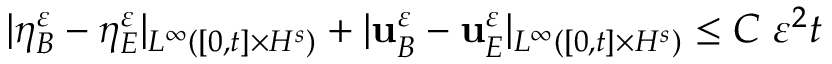
| \eta _ { B } ^ { \varepsilon } - \eta _ { E } ^ { \varepsilon } | _ { L ^ { \infty } ( [ 0 , t ] \times H ^ { s } ) } + | \mathbf { u } _ { B } ^ { \varepsilon } - \mathbf { u } _ { E } ^ { \varepsilon } | _ { L ^ { \infty } ( [ 0 , t ] \times H ^ { s } ) } \leq C \; \varepsilon ^ { 2 } t